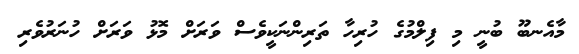
މާއެނބޫ ބުނީ މި ފިލްމުގެ ހުރިހާ ތަރިންނަކީވެސް ވަރަށް މޮޅު ވަރަށް ހުނަރުވެރި